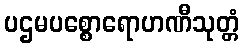
ပဌမပစ္စောရောဟဏီသုတ္တံ